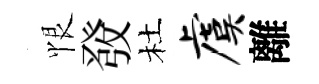
恨𤼲杜虞離